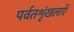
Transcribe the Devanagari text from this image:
पर्वतशृंखलाएँ